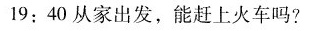
19:40从家出发，能赶上火车吗?